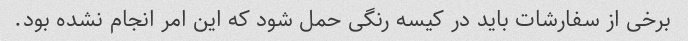
برخی از سفارشات باید در کیسه رنگی حمل شود که این امر انجام نشده بود.